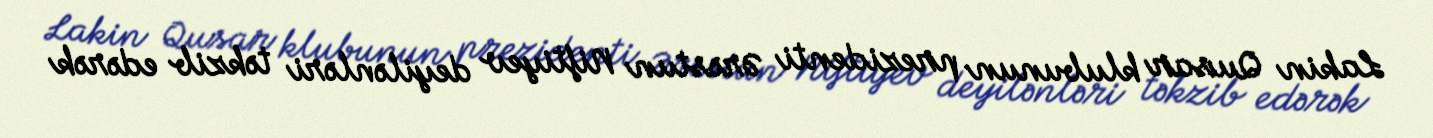
Lakin Qusar klubunun prezidenti Ərəstun Niftiyev deyilənləri təkzib edərək